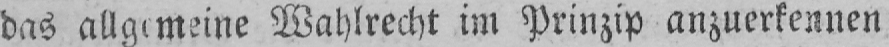
Wahlrecht im Prinzip anzuerkennen